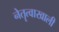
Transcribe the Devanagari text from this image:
नेतॄत्वाखाली